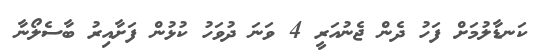
ކަނޑާލުމަށް ފަހު ދެން ޖެނުއަރީ 4 ވަނަ ދުވަހު ކުޅުން ފަށާއިރު ބާސެލޯނާ